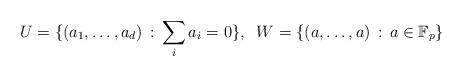
LaTeX: \begin{align*}U=\{(a_1, \ldots, a_d) \,:\, \sum_{i}a_i=0\},\;\; W=\{(a,\ldots, a) \,:\, a \in \mathbb{F}_{p}\}\end{align*}